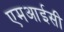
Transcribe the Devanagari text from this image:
एमआईसी